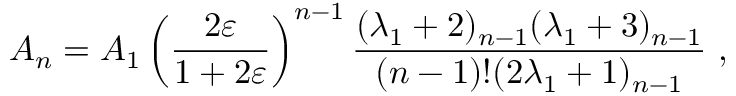
A _ { n } = A _ { 1 } \left( \frac { 2 \varepsilon } { 1 + 2 \varepsilon } \right) ^ { n - 1 } \frac { ( \lambda _ { 1 } + 2 ) _ { n - 1 } ( \lambda _ { 1 } + 3 ) _ { n - 1 } } { ( n - 1 ) ! ( 2 \lambda _ { 1 } + 1 ) _ { n - 1 } } \ ,